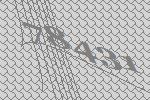
78431